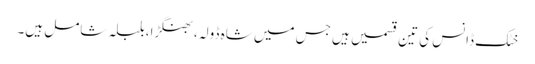
خٹک ڈانس کی تین قسمیں ہیں جس میں شاہ ڈولہ،بھنگڑا،بلبلہ شامل ہیں۔